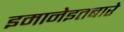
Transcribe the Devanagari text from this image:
इमानेइतबारे